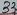
Text: 33